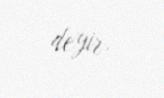
deyir.